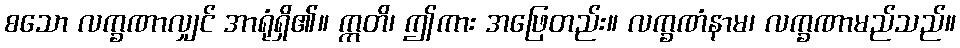
စသော လက္ခဏာလျှင် အာရုံရှိ၏။ ဣတိ၊ ဤကား အဖြေတည်း။ လက္ခဏံနာမ၊ လက္ခဏာမည်သည်။